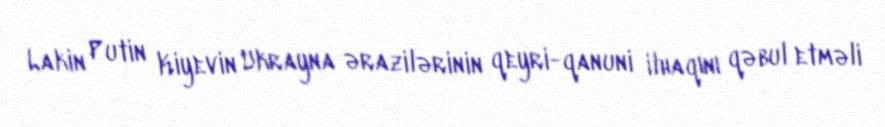
Lakin Putin Kiyevin Ukrayna ərazilərinin qeyri-qanuni ilhaqını qəbul etməli